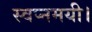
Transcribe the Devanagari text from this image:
स्वप्नमयी।